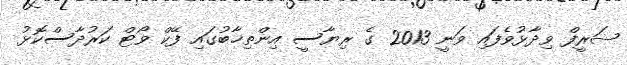
ޝަރީފް ވިދާޅުވެފައި ވަނީ 2013 ގެ ރިޔާސީ އިންތިޚާބުގައި ފޭކް ވޯޓް ކަރުދާސްކޮޅު